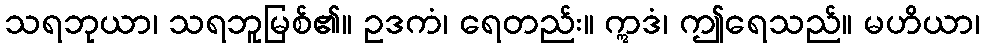
သရဘုယာ၊ သရဘူမြစ်၏။ ဥဒကံ၊ ရေတည်း။ ဣဒံ၊ ဤရေသည်။ မဟိယာ၊